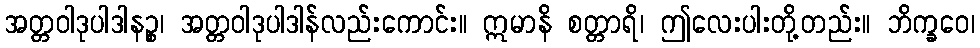
အတ္တဝါဒုပါဒါနဉ္စ၊ အတ္တဝါဒုပါဒါန်လည်းကောင်း။ ဣမာနိ စတ္တာရိ၊ ဤလေးပါးတို့တည်း။ ဘိက္ခဝေ၊